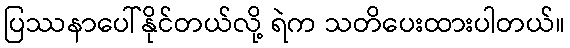
ပြဿနာပေါ်နိုင်တယ်လို့ ရဲက သတိပေးထားပါတယ်။